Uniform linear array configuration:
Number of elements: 4
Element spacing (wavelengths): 0.75
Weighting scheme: kaiser
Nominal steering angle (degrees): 45
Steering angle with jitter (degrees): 44.657
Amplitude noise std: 0.05
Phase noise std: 0.05

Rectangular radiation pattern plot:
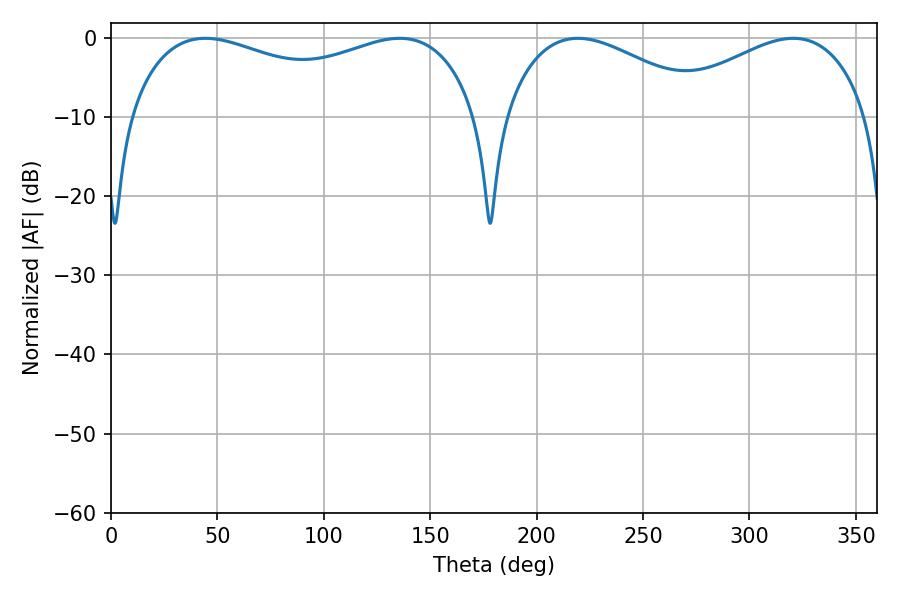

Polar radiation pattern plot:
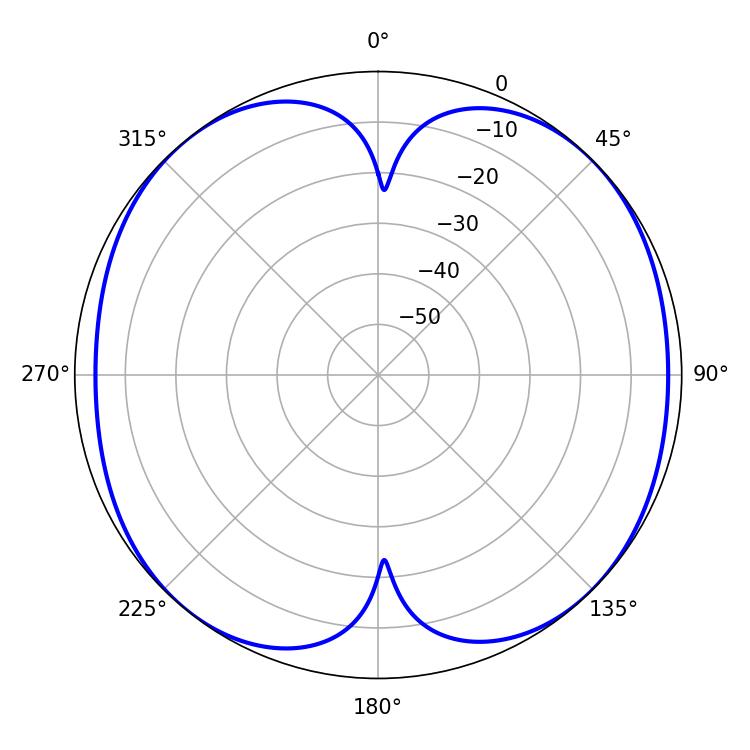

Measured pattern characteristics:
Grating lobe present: TRUE
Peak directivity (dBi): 11.572
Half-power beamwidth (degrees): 53.64
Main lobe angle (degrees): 219.42